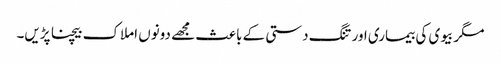
مگر بیوی کی بیماری اور تنگ دستی کے باعث مجھے دونوں املاک بیچنا پڑیں۔